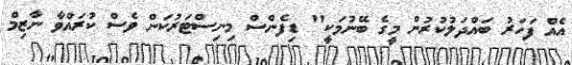
އެއް ފަހަރު ބައްދަލުކުރުން މީގެ ބޭނުމަކީ" ޑިފެންސް މިނިސްޓަރުކަން ވެސް ކުރައްވާ ނާޒިމް